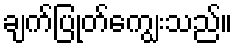
ချက်ပြုတ်ကျွေးသည်။